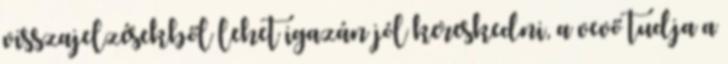
visszajelzésekből lehet igazán jól kereskedni, a vevő tudja a